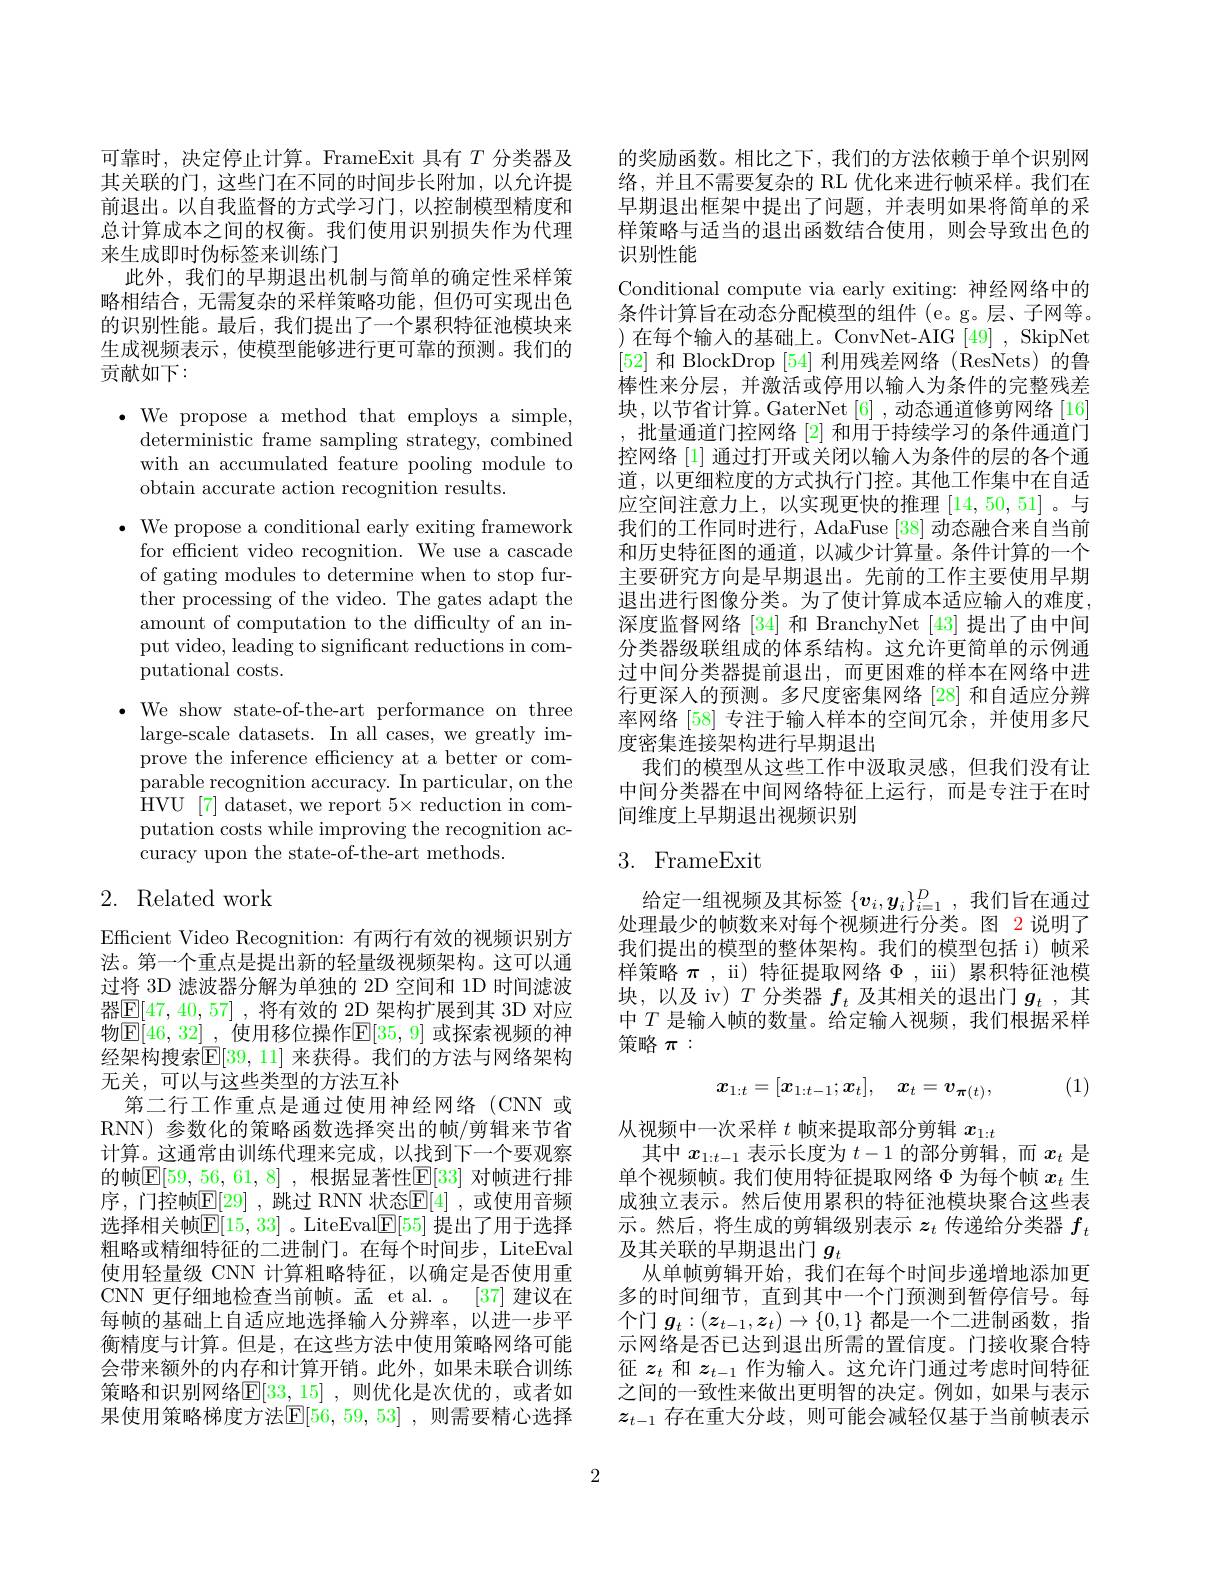
可靠时，决定停止计算。FrameExit 具有$T$分类器及其关联的门，这些门在不同的时间步长附加，以允许提前退出。以自我监督的方式学习门，以控制模型精度和总计算成本之间的权衡。我们使用识别损失作为代理来生成即时伪标签来训练门
此外，我们的早期退出机制与简单的确定性采样策略相结合，无需复杂的采样策略功能，但仍可实现出色的识别性能。最后，我们提出了一个累积特征池模块来生成视频表示，使模型能够进行更可靠的预测。我们的贡献如下：

$\cdot$ We propose a method that employs a simple,
deterministic frame sampling strategy, combined with an accumulated feature pooling module to obtain accurate action recognition results.
$\bullet$ We propose a conditional early exiting framework
for efficient video recognition. We use a cascade of gating modules to determine when to stop further processing of the video. The gates adapt the amount of computation to the difficulty of an input video, leading to significant reductions in computational costs.
$\cdot$ We show state-of-the-art performance on three

large-scale datasets. In all cases, we greatly improve the inference efficiency at a better or comparable recognition accuracy. In particular, on the HVU [7] dataset, we report $5\times$ reduction in computation costs while improving the recognition accuracy upon the state-of-the-art methods.

## 2. Related work

Efficient Video Recognition: 有两行有效的视频识别方法。第一个重点是提出新的轻量级视频架构。这可以通过将 3D 滤波器分解为单独的 2D 空间和 1D 时间滤波器$\mathbb{E}[47,40,57]$ ,将有效的 2D 架构扩展到其 3D 对应物$\mathbb{E}[46,32]$ ,使用移位操作$\mathbb{E}[35,9]$ 或探索视频的神经架构搜索$\mathbb{E}[39,11]$ 来获得。我们的方法与网络架构无关，可以与这些类型的方法互补
第二行工作重点是通过使用神经网络(CNN 或RNN) 参数化的策略函数选择突出的帧/剪辑来节省计算。这通常由训练代理来完成，以找到下一个要观察的帧$\mathbb{E}[59,56,61,8]$ ,根据显著性$\mathbb{E}[33]$ 对帧进行排序，门控帧$\mathbb{E}[29]$ ,跳过 RNN 状态$\mathbb{E}[4]$ ,或使用音频选择相关帧$\mathbb{E}[15,33]$ 。LiteEval$\mathbb{E}[55]$ 提出了用于选择粗略或精细特征的二进制门。在每个时间步，LiteEval 使用轻量级 CNN 计算粗略特征，以确定是否使用重CNN 更仔细地检查当前帧。孟 et al. 。[37] 建议在每帧的基础上自适应地选择输人分辨率，以进一步平衡精度与计算。但是，在这些方法中使用策略网络可能会带来额外的内存和计算开销。此外，如果未联合训练策略和识别网络$\mathbb{E}[33,\underline15]$ ,则优化是次优的，或者如果使用策略梯度方法$\overline[56,59,53]$ ,则需要精心选择

的奖励函数。相比之下，我们的方法依赖于单个识别网络，并且不需要复杂的 RL 优化来进行帧采样。我们在早期退出框架中提出了问题，并表明如果将简单的采样策略与适当的退出函数结合使用，则会导致出色的识别性能
Conditional compute via early exiting: 神经网络中的条件计算旨在动态分配模型的组件(e。g。层、子网等。)在每个输入的基础上。ConvNet-AIG[49],SkipNet [52]和 BlockDrop [54]利用残差网络(ResNets)的鲁棒性来分层，并激活或停用以输入为条件的完整残差块，以节省计算。GaterNet [6] ,动态通道修剪网络 [16] ,批量通道门控网络[2]和用于持续学习的条件通道门控网络 [1] 通过打开或关闭以输人为条件的层的各个通道，以更细粒度的方式执行门控。其他工作集中在自适应空间注意力上，以实现更快的推理[14,50,51] 。与我们的工作同时进行，AdaFuse [38]动态融合来自当前和历史特征图的通道，以减少计算量。条件计算的一个主要研究方向是早期退出。先前的工作主要使用早期退出进行图像分类。为了使计算成本适应输入的难度， 深度监督网络[34]和 BranchyNet [43]提出了由中间分类器级联组成的体系结构。这允许更简单的示例通过中间分类器提前退出，而更困难的样本在网络中进行更深人的预测。多尺度密集网络 [28] 和自适应分辨率网络 [58] 专注于输人样本的空间冗余，并使用多尺度密集连接架构进行早期退出
我们的模型从这些工作中汲取灵感，但我们没有让中间分类器在中间网络特征上运行，而是专注于在时间维度上早期退出视频识别

## 3. FrameExit

给定一组视频及其标签$\{\boldsymbol v_i,\boldsymbol y_i\}_{i=1}^D$,我们旨在通过处理最少的帧数来对每个视频进行分类。图 2 说明了我们提出的模型的整体架构。我们的模型包括 i) 帧采样策略$\pi$, ii) 特征提取网络 $\Phi$, iii) 累积特征池模块，以及 iv) $T$分类器$f_t$及其相关的退出门$g_t$ ,其中$T$是输人帧的数量。给定输入视频，我们根据采样策略$\pi:$

(1)
$$\boldsymbol{x}_{1:t}=[\boldsymbol{x}_{1:t-1};\boldsymbol{x}_t],\quad\boldsymbol{x}_t=\boldsymbol{v}_{\boldsymbol{\pi}(t)},$$
从视频中一次采样$t$帧来提取部分剪辑$x_{1:t}$
其中$x_1:t-1$表示长度为$t-1$的部分剪辑，而$x_t$是单个视频帧。我们使用特征提取网络$\Phi$为每个帧$x_t$生成独立表示。然后使用累积的特征池模块聚合这些表示。然后，将生成的剪辑级别表示$z_t$传递给分类器$f_t$ 及其关联的早期退出门$g_t$
从单帧剪辑开始，我们在每个时间步递增地添加更多的时间细节，直到其中一个门预测到暂停信号。每个门$g_t:(z_{t-1},\boldsymbol{z}_t)\to\{0,1\}$都是一个二进制函数，指示网络是否已达到退出所需的置信度。门接收聚合特征$z_t$和$z_{t-1}$作为输入。这允许门通过考虑时间特征之间的一致性来做出更明智的决定。例如，如果与表示$z_{t-1}$存在重大分歧，则可能会减轻仅基于当前帧表示

2